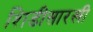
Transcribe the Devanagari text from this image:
शिडीसारखी